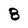
Character: 8